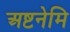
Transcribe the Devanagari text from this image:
अष्टनेमि